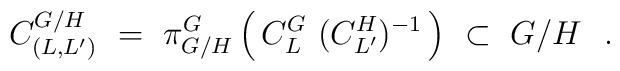
C^{G/H}_{(L,L')} \ = \ \pi^{G}_{G/H}\left(\,     C^G_L \ (C^H_{L'})^{-1} \,     \right) \ \subset \ G/H \ \ .